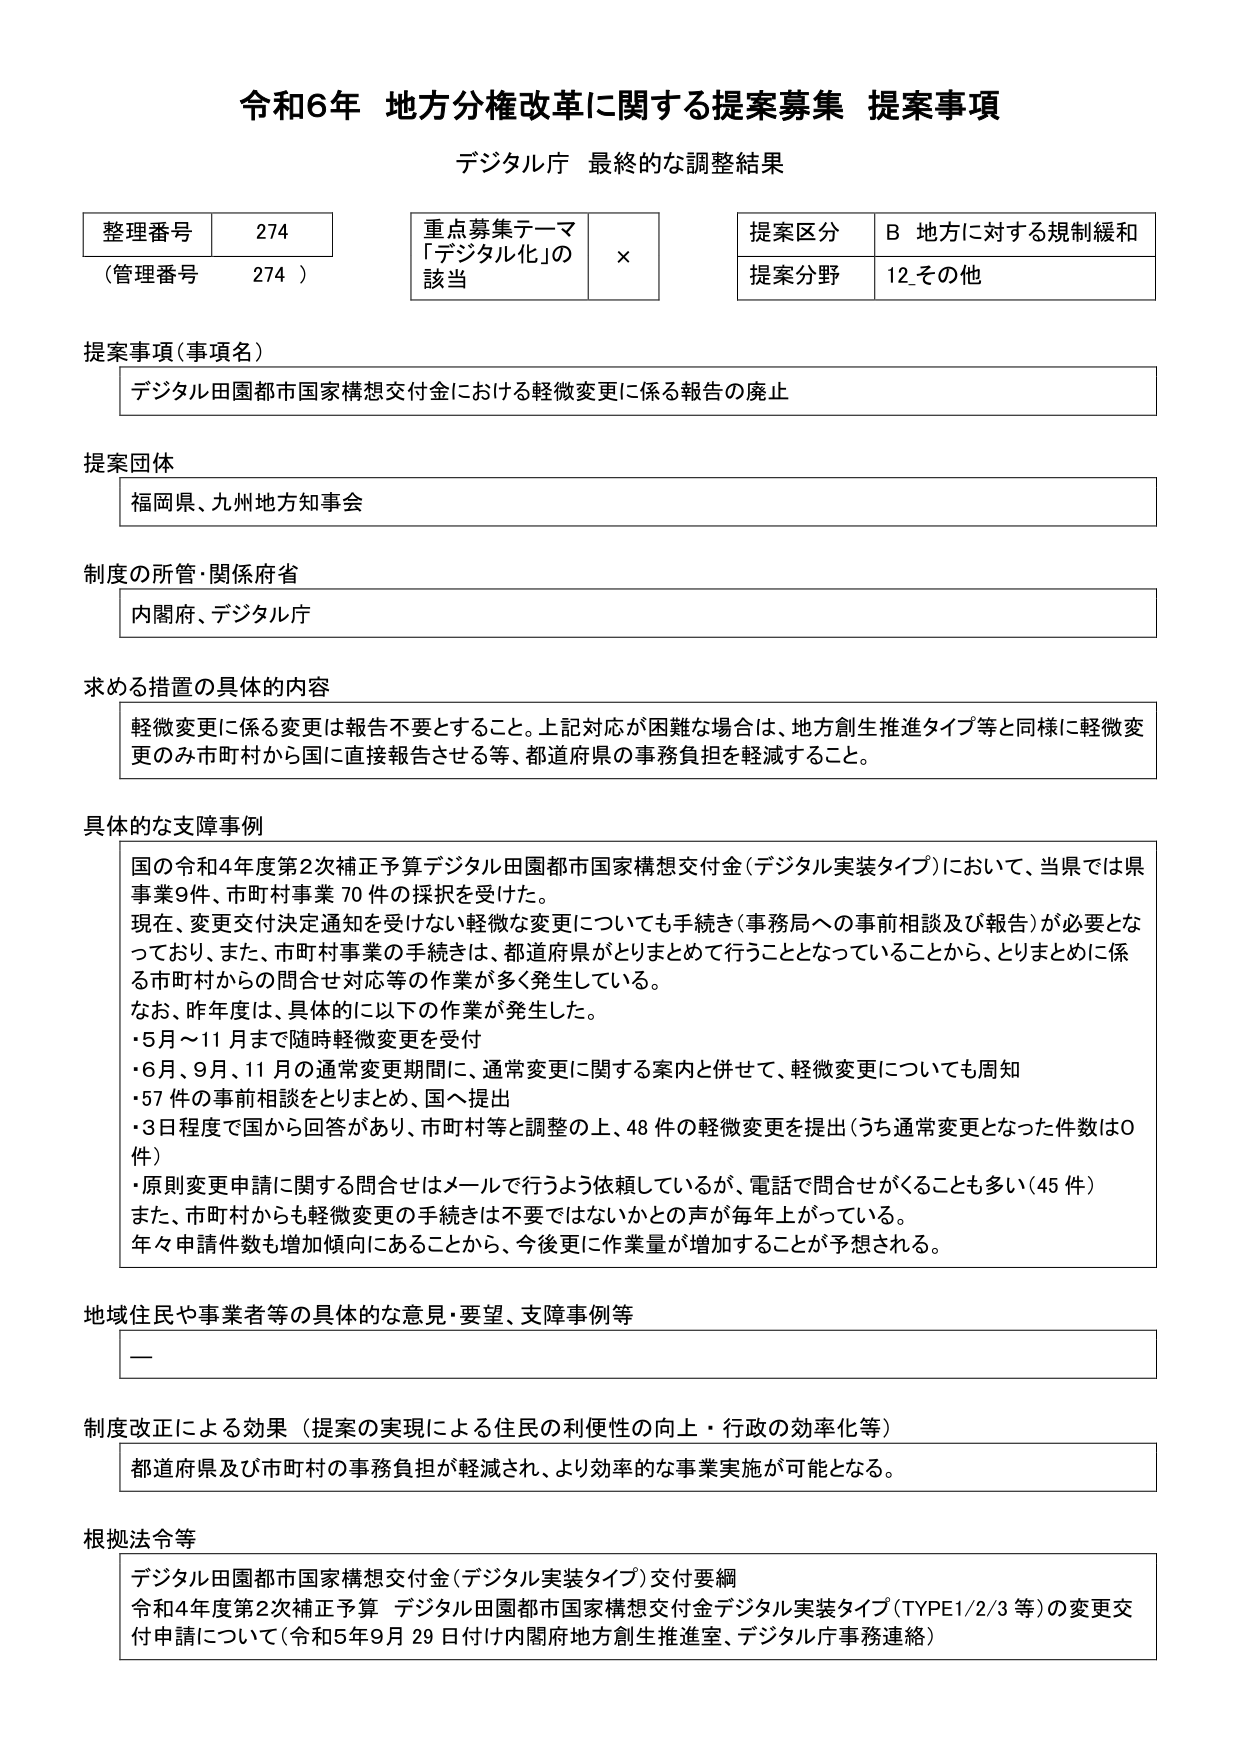
令和6年 地方分権改革に関する提案募集 提案事項
デジタル庁 最終的な調整結果

整理番号 274
（管理番号 274）

重点募集テーマ
「デジタル化」の該当 ×

提案区分 B 地方に対する規制緩和
提案分野 12 その他

提案事項（事項名）
デジタル田園都市国家構想交付金における軽微変更に係る報告の廃止

提案団体
福岡県、九州地方知事会

制度の所管・関係府省
内閣府、デジタル庁

求める措置の具体的内容
軽微変更に係る変更は報告不要とすること。上記対応が困難な場合は、地方創生推進タイプ等と同様に軽微変更のみ市町村から国に直接報告させる等、都道府県の事務負担を軽減すること。

具体的な支障事例
国の令和4年度第2次補正予算デジタル田園都市国家構想交付金（デジタル実装タイプ）において、当県では県事業9件、市町村事業70件の採択を受けた。
現在、変更交付決定通知を受けない軽微な変更についても手続き（事務局への事前相談及び報告）が必要となっており、また、市町村事業の手続きは、都道府県がとりまとめて行うこととなっていることから、とりまとめに係る市町村からの問合せ対応等の作業が多く発生している。
なお、昨年度は、具体的に以下の作業が発生した。
・5月～11月まで随時軽微変更を受付
・6月、9月、11月の通常変更期間に、通常変更に関する案内と併せて、軽微変更についても周知
・57件の事前相談をとりまとめ、国へ提出
・3日程度で国から回答があり、市町村等と調整の上、48件の軽微変更を提出（うち通常変更となった件数は0件）
・原則変更申請に関する問合せはメールで行うよう依頼しているが、電話で問合せがくることも多い（45件）
また、市町村からも軽微変更の手続きは不要ではないかとの声が毎年上がっている。
年々申請件数も増加傾向にあることから、今後更に作業量が増加することが予想される。

地域住民や事業者等の具体的な意見・要望、支障事例等
ー

制度改正による効果（提案の実現による住民の利便性の向上・行政の効率化等）
都道府県及び市町村の事務負担が軽減され、より効率的な事業実施が可能となる。

根拠法令等
デジタル田園都市国家構想交付金（デジタル実装タイプ）交付要綱
令和4年度第2次補正予算 デジタル田園都市国家構想交付金デジタル実装タイプ（TYPE1/2/3等）の変更交付申請について（令和5年9月29日付け内閣府地方創生推進室、デジタル庁事務連絡）